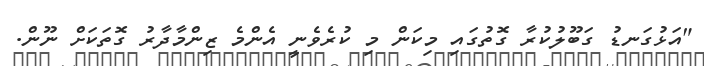
"އަޅުގަނޑު ގަބޫލުކުރާ ގޮތުގައި މިކަން މި ކުރެވެނީ އެންމެ ޒިންމާދާރު ގޮތަކަށް ނޫން.